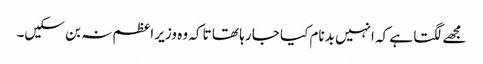
مجھے لگتا ہے کہ انہیں بدنام کیا جا رہا تھا تا کہ وہ وزیر اعظم نہ بن سکیں۔